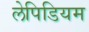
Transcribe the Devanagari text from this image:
लेपिडियम